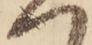
へ